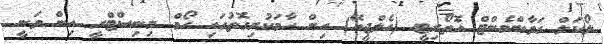
ލޯކަލް ގަވާންމެންޓް އެޮތޯރިޓީ (އެލްޖީއޭ) އިން ހާމަކުރިގޮތުގައި ހޯމް މިނިސްޓްރީ އިން ވަނީ